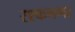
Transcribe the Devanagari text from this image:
रश्कनगर